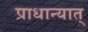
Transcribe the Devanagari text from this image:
प्राधान्यात्